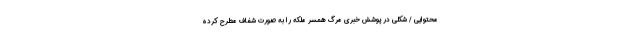
محتوایی / شکلی در پوشش خبری مرگ همسر ملکه را به صورت شفاف مطرح کرده